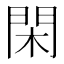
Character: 閑